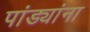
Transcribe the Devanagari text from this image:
पांड्यांना